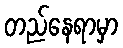
တည်နေရာမှာ